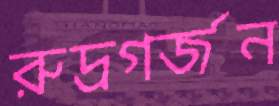
রুদ্রগর্জন